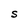
Character: S